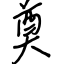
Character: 奠